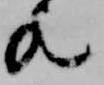
歟